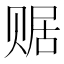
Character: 𧹕